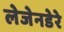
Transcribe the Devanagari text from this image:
लेजेनडेरे